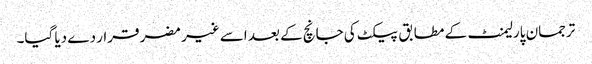
ترجمان پارلیمنٹ کے مطابق پیکٹ کی جانچ کے بعد اسے غیر مضر قرار دے دیا گیا۔